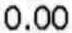
0.00